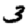
Digit: 3